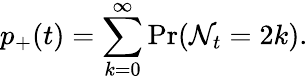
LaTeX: p_{+}(t)=\sum_{k=0}^{\infty}\operatorname*{Pr}(\mathcal{N}_{t}=2k).